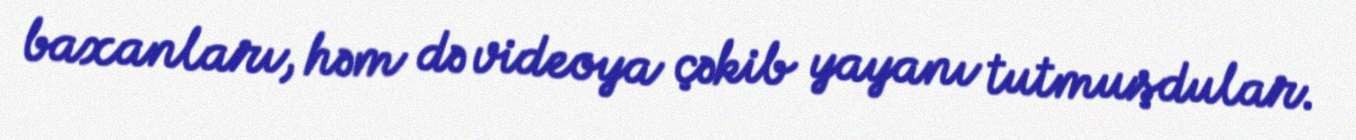
baxanları, həm də videoya çəkib yayanı tutmuşdular.